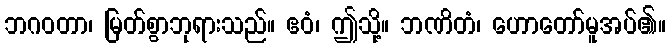
ဘဂဝတာ၊ မြတ်စွာဘုရားသည်။ ဧဝံ၊ ဤသို့။ ဘဏိတံ၊ ဟောတော်မူအပ်၏။